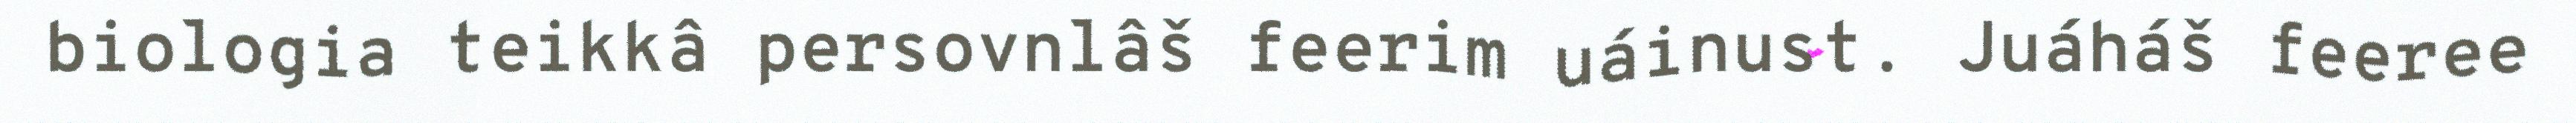
biologia teikkâ persovnlâš feerim uáinust. Juáháš feeree